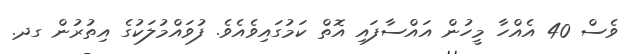
ވެސް 40 އެއްހާ މީހުން އައްސާފައި އޮތް ކަމުގައިވެއެވެ. ފުވައްމުލަކުގެ އިތުރުން ގދ.